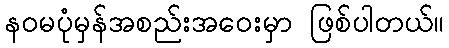
နဝမပုံမှန်အစည်းအဝေးမှာ ဖြစ်ပါတယ်။